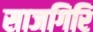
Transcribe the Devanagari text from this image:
साजगिरि